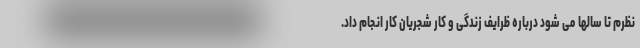
نظرم تا سالها می شود درباره ظرایف زندگی و کار شجریان کار انجام داد.